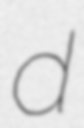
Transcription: d